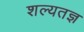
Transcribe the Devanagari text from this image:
शल्यतज्ञ